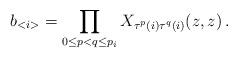
LaTeX: \begin{align*}b_{<i>}=\prod _{0\leq p<q\leq p_{i}}X_{\tau ^{p}(i)\tau ^{q}(i)}(z,z)\, .\end{align*}